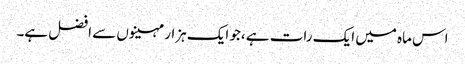
اس ماہ میں ایک رات ہے ،جو ایک ہزار مہینوں سے افضل ہے۔